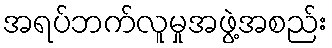
အရပ်ဘက်လူမှုအဖွဲ့အစည်း